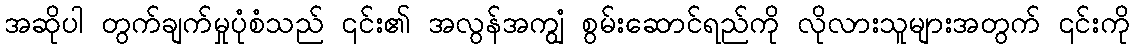
အဆိုပါ တွက်ချက်မှုပုံစံသည် ၎င်း၏ အလွန်အကျွံ စွမ်းဆောင်ရည်ကို လိုလားသူများအတွက် ၎င်းကို